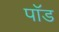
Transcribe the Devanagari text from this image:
पाॅॅड